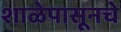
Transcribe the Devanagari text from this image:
शाळेपासूनचे